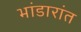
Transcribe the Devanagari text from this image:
भांडारांत